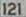
121